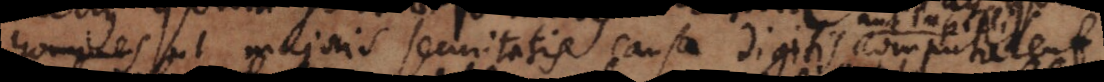
homines ut majoris securitatis causa digitis computarent: